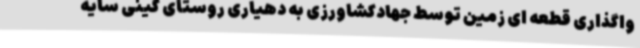
واگذاری قطعه ای زمین توسط جهادکشاورزی به دهیاری روستای کینی سایه